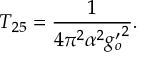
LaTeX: T _ { 2 5 } = \frac { 1 } { 4 \pi ^ { 2 } \alpha ^ { 2 } { g _ { o } ^ { \prime } } ^ { 2 } } .